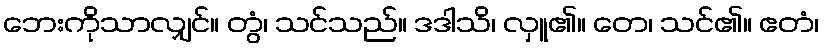
ဘေးကိုသာလျှင်။ တွံ၊ သင်သည်။ ဒဒါသိ၊ လှူ၏။ တေ၊ သင်၏။ ဧတံ၊